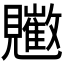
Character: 𧢠